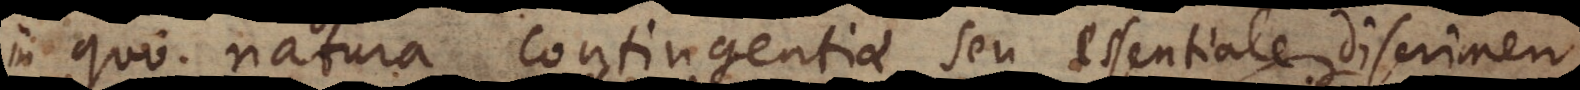
in quo natura contingentiae, seu essentiale discrimen